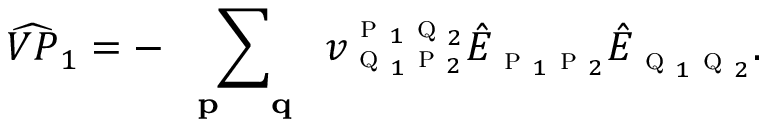
\widehat { V P } _ { 1 } = - \sum _ { \textbf { \textsc { p } } \textbf { \textsc { q } } } { v } _ { \textsc { q } _ { 1 } \textsc { p } _ { 2 } } ^ { \textsc { p } _ { 1 } \textsc { q } _ { 2 } } \hat { E } _ { \textsc { p } _ { 1 } \textsc { p } _ { 2 } } \hat { E } _ { \textsc { q } _ { 1 } \textsc { q } _ { 2 } } .